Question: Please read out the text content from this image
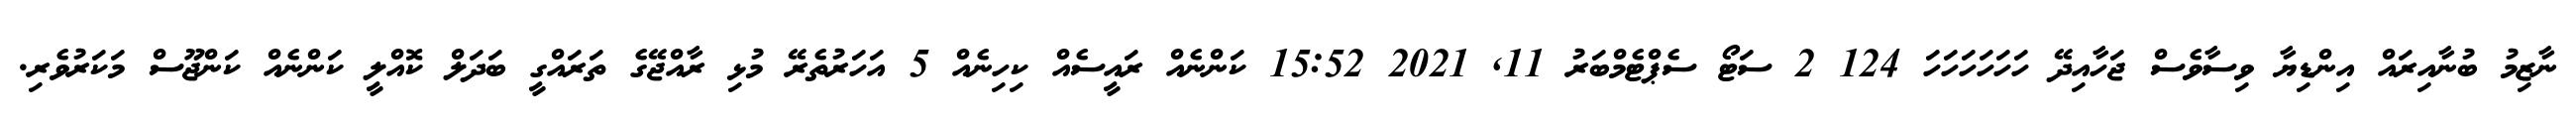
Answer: ނާޒިމު ބުނާއިރައް އިންޑިޔާ ވިސާވެސް ޖަހާއިދޭ ހަހަހަހަހަހަ 124 2 ސަޓޯ ސެޕްޓެމްބަރު 11, 2021 15:52 ކަންނެއް ރައީސެއް ކިހިނެއް 5 އަހަރުތެރޭ މުޅި ރާއްޖޭގެ ތަރައްގީ ބަދަލް ކޮއްލީ ކަންނެއް ކަންޖޫސް މަކަރުވެރި.